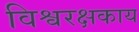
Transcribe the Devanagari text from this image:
विश्वरक्षकाय